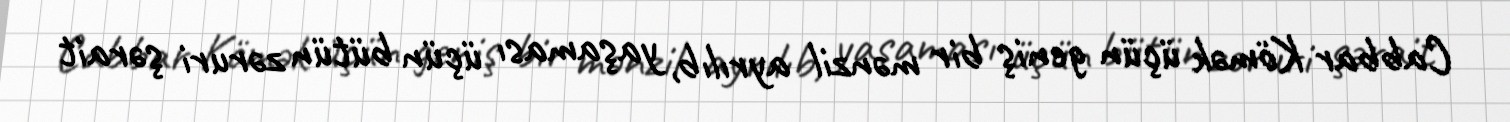
Cabbar Kömək üçün geniş bir mənzil ayrılıb, yaşaması üçün bütün zəruri şərait